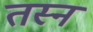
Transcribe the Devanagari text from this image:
तस्न